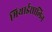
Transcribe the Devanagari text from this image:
मिथाईसालिन